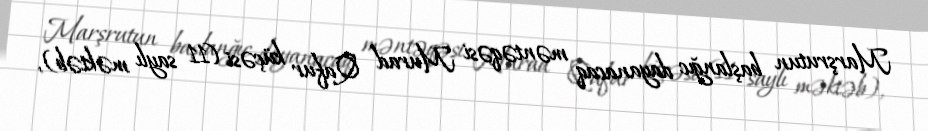
Marşrutun başlanğıc dayanacaq məntəqəsi Murad Qafur küçəsi (11 saylı məktəb),